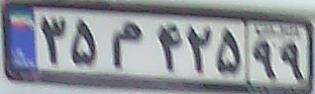
۳۵م۴۲۵۹۹